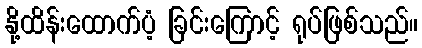
နို့ထိန်းထောက်ပံ့ ခြင်းကြောင့် ရုပ်ဖြစ်သည်။